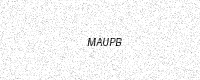
Text: MAUPB